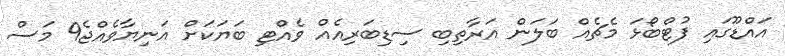
އައްޑޫގައި ފުޓްބޯޅަ މެޗެއް ބަލަން އަރާތިބި ސިޑިބަރިއެއް ވެއްޓި ބަޔަކަށް އަނިޔާވެއްޖެ9 މަސް